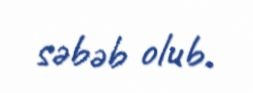
səbəb olub.